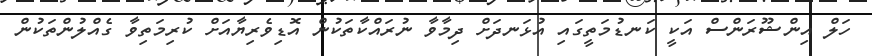
ހަލް އިންޝޫރަންސް އަކީ ކަނޑުމަތީގައި އުޅަނދަށް ދިމާވާ ނުރައްކާތަކުން އޮޑިވެރިޔާއަށް ކުރިމަތިވާ ގެއްލުންތަކުން